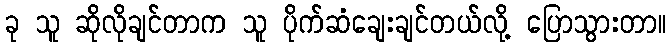
ခု သူ ဆိုလိုချင်တာက သူ ပိုက်ဆံချေးချင်တယ်လို့ ပြောသွားတာ။